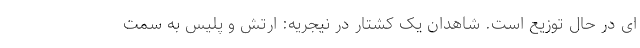
ای در حال توزیع است. شاهدان یک کشتار در نیجریه: ارتش و پلیس به سمت